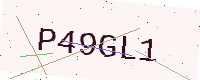
Text: P49GL1